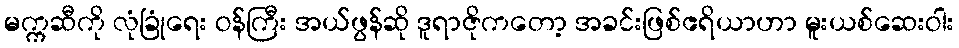
မက္ကဆီကို လုံခြုံရေး ဝန်ကြီး အယ်ဖွန်ဆို ဒူရာဇိုကတော့ အခင်းဖြစ်ဧရိယာဟာ မူးယစ်ဆေးဝါး